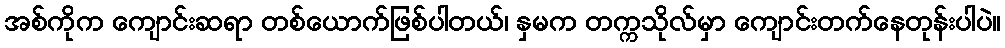
အစ်ကိုက ကျောင်းဆရာ တစ်ယောက်ဖြစ်ပါတယ်၊ နှမက တက္ကသိုလ်မှာ ကျောင်းတက်နေတုန်းပါပဲ။